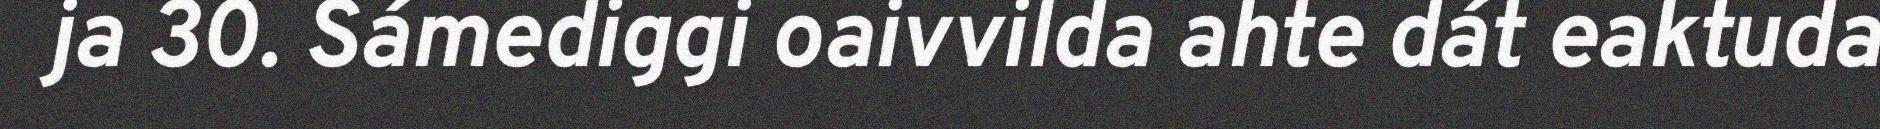
ja 30. Sámediggi oaivvilda ahte dát eaktuda